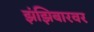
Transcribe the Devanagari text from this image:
झंझिबारवर